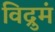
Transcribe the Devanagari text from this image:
विद्रुमं